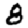
Digit: 8